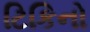
ટિકિનો